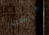
ملخص